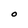
Character: O